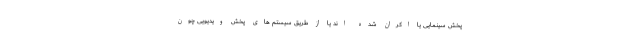
پخش سینمایی یا اکران شده اند یا از طریق سیستم های پخش ویدیویی چون